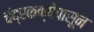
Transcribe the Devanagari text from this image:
चंद्रकक्षेपासून